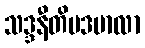
သဒ္ဒနီတိပဒမာလာ